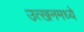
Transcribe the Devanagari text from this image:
उत्खनमध्ये